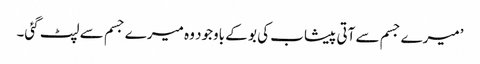
’میرے جسم سے آتی پیشاب کی بو کے باوجود وہ میرے جسم سے لپٹ گئی۔